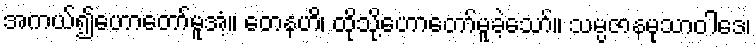
အကယ်၍ဟောတော်မူအံ့။ တေနဟိ၊ ထိုသို့ဟောတော်မူခဲ့သော်။ သမ္ပဇာနမုသာဝါဒေ၊